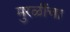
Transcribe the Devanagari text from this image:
मुरळींचा